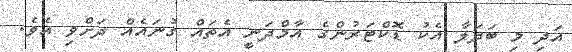
އަދި މި ބަދަލާ އެކު ޑޮކްޓަރުންގެ އާމްދަނީ އެތައް ގުނައެއް ދަށްވި އެވެ.